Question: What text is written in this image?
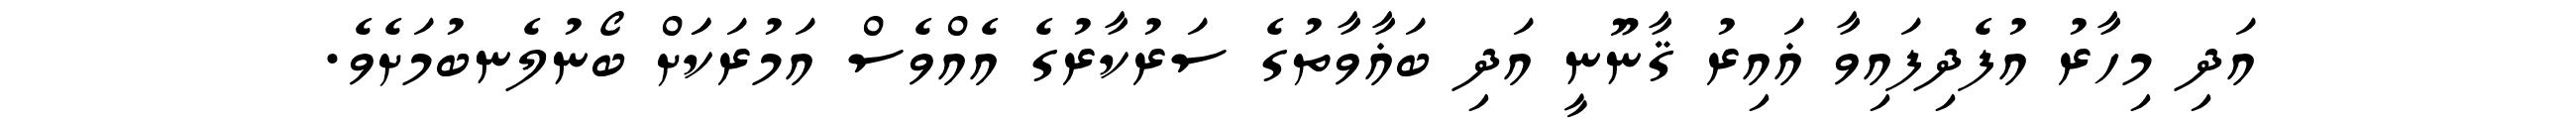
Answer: އަދި މިހާރު އުފެދިފައިވާ ޣައިރު ޤާނޫނީ އަދި ބަޣާވާތުގެ ސަރުކާރުގެ އެއްވެސް އަމުރަކަަށް ބޯނުލެނބުމަށެވެ.